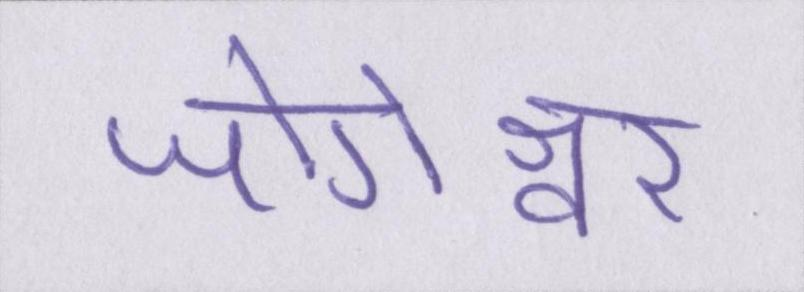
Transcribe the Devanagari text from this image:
जोगेश्वर